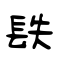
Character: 镻